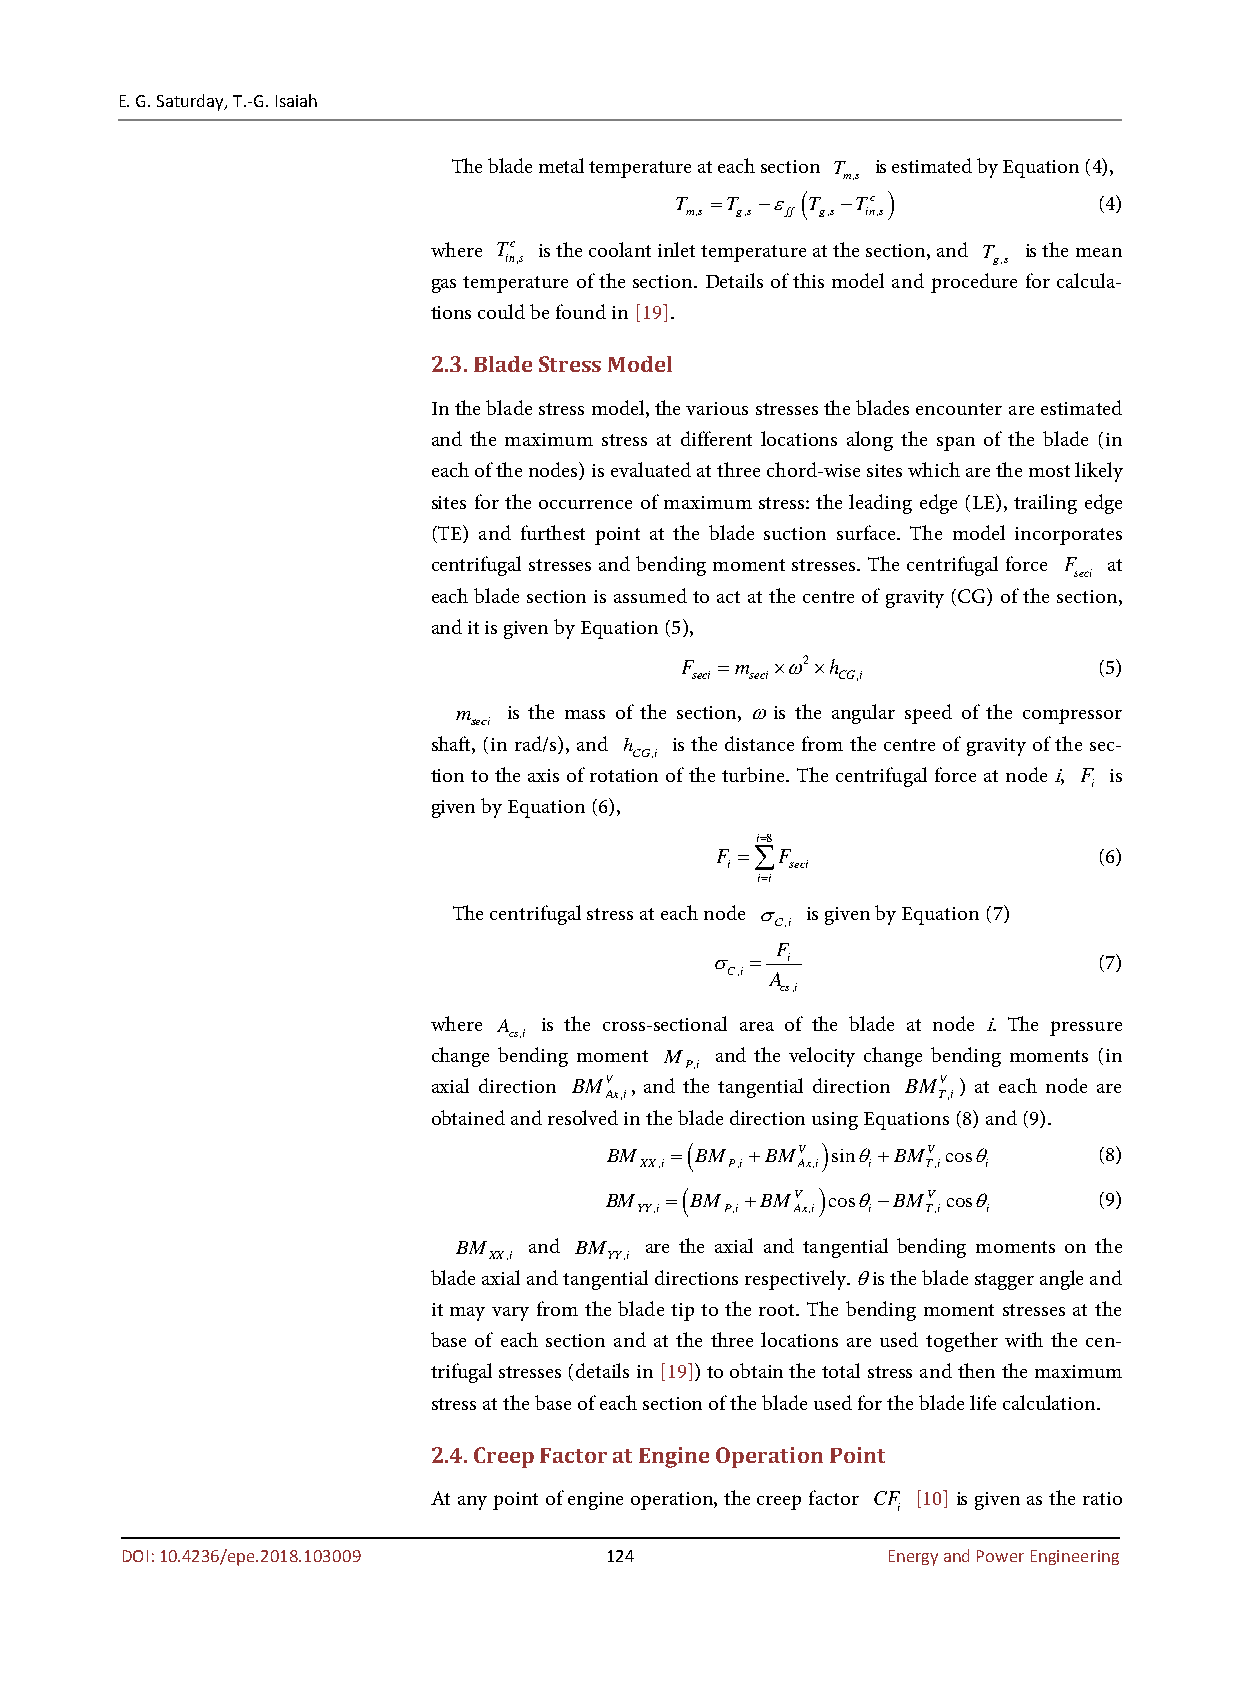
E. G. Saturday, T.-G. Isaiah
 The blade metal temperature at each section T is estimated by Equation (4),
 m,s
 T =T −ε ( T −Tc )           (4)
 m,s g,s ff g,s in,s
 where Tc is the coolant inlet temperature at the section, and T is the mean
 in,s                             g,s
 gas temperature of the section. Details of this model and procedure for calcula-
 tions could be found in [19].
 2.3. Blade Stress Model
 In the blade stress model, the various stresses the blades encounter are estimated
 and the maximum stress at different locations along the span of the blade (in
 each of the nodes) is evaluated at three chord-wise sites which are the most likely
 sites for the occurrence of maximum stress: the leading edge (LE), trailing edge
 (TE) and furthest point at the blade suction surface. The model incorporates
 centrifugal stresses and bending moment stresses. The centrifugal force F at
 seci
 each blade section is assumed to act at the centre of gravity (CG) of the section,
 and it is given by Equation (5),
 F  =m ×ω2×h                 (5)
 seci seci CG,i
 m   is the mass of the section, ω is the angular speed of the compressor
 seci
 shaft, (in rad/s), and h is the distance from the centre of gravity of the sec-
 CG,i
 tion to the axis of rotation of the turbine. The centrifugal force at node i, F is
 i
 given by Equation (6),
 i=8
 F =∑F                     (6)
 i   seci
 i=i
 The centrifugal stress at each node σ is given by Equation (7)
 C,i
 F
 σ  = i                    (7)
 C,i A
 cs,i
 where A is the cross-sectional area of the blade at node i. The pressure
 cs,i
 change bending moment M and the velocity change bending moments (in
 P,i
 axial direction BMV , and the tangential direction BMV ) at each node are
 Ax,i                  T,i
 obtained and resolved in the blade direction using Equations (8) and (9).
 BM  =( BM +BMV ) sinθ+BMV cosθ   (8)
 XX,i  P,i  Ax,i i  T,i i
 BM  =( BM +BMV ) cosθ−BMV cosθ   (9)
 YY,i  P,i  Ax,i i  T,i i
 BM   and BM  are the axial and tangential bending moments on the
 XX,i    YY,i
 blade axial and tangential directions respectively. θ is the blade stagger angle and
 it may vary from the blade tip to the root. The bending moment stresses at the
 base of each section and at the three locations are used together with the cen-
 trifugal stresses (details in [19]) to obtain the total stress and then the maximum
 stress at the base of each section of the blade used for the blade life calculation.
 2.4. Creep Factor at Engine Operation Point
 At any point of engine operation, the creep factor CF [10] is given as the ratio
 i
 DOI: 10.4236/epe.2018.103009    124                Energy and Power Engineering